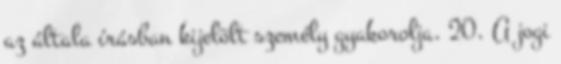
az általa írásban kijelölt személy gyakorolja. 20. A jogi